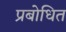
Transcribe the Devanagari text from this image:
प्रबोधित